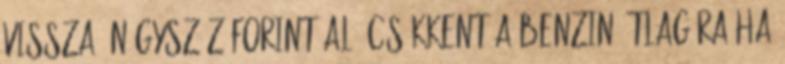
vissza. Négyszáz forint alá csökkent a benzin átlagára Ha